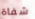
شفاة